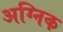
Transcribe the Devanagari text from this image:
अग्निक